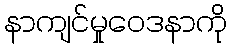
နာကျင်မှုဝေဒနာကို